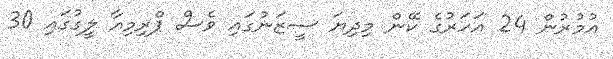
އުމުރުން 24 އަހަރުގެ ކޭން މިދިޔަ ސީޒަނުގައި ވެސް ޕްރިމިއާ ލީގުގައި 30